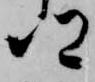
郷